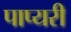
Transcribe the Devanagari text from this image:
पाप्यरी